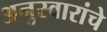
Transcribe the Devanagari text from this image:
अनुस्वारांचे